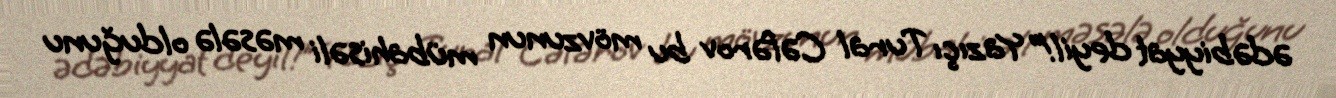
ədəbiyyat deyil!” Yazıçı Tural Cəfərov bu mövzunun mübahisəli məsələ olduğunu